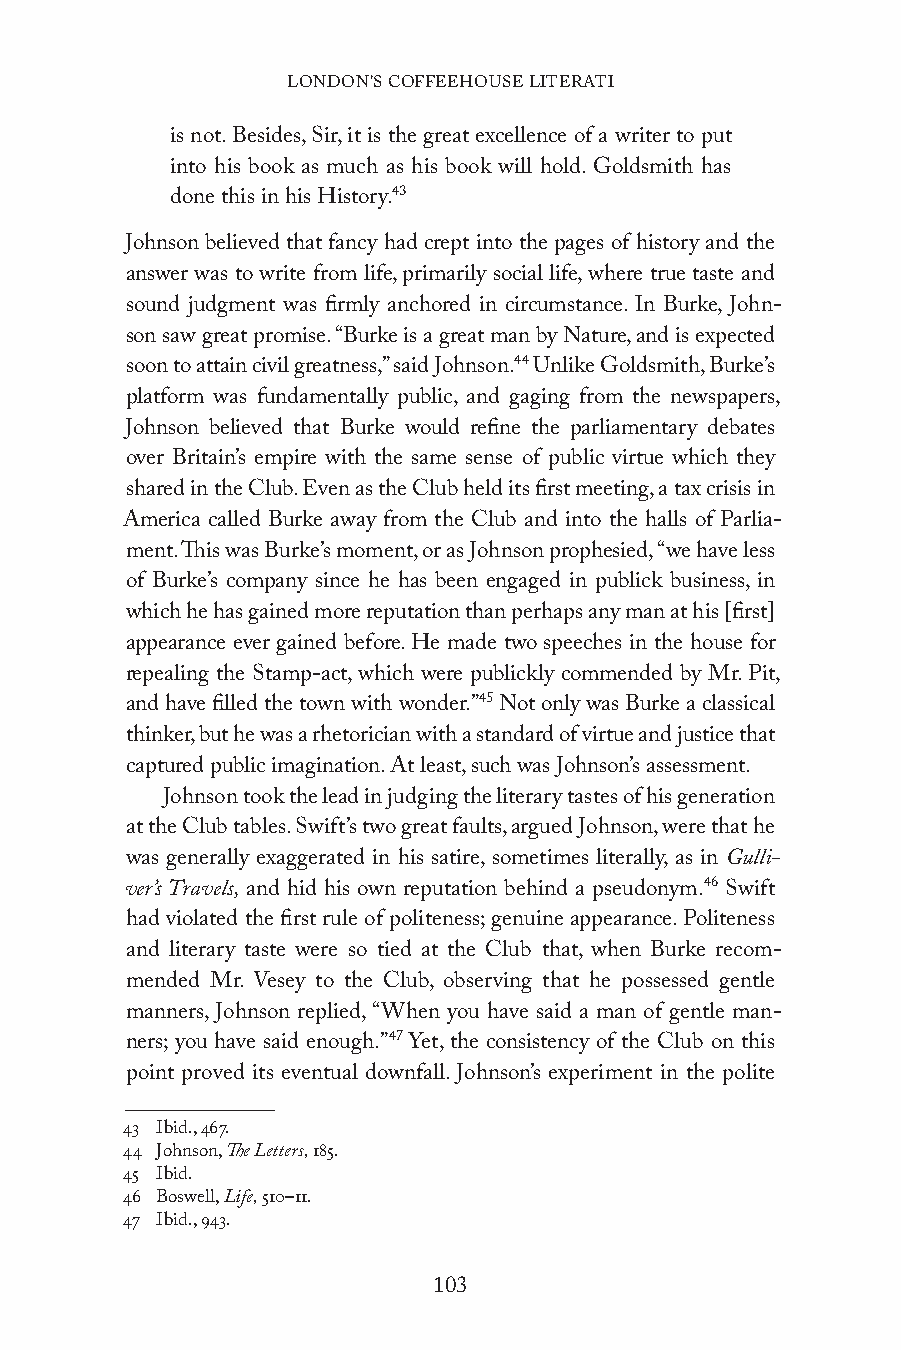
LONDON’S COFFEEHOUSE LITERATI
 is not. Besides, Sir, it is the great excellence of a writer to put
 into his book as much as his book will hold. Goldsmith has
 done this in his History.43
 Johnson believed that fancy had crept into the pages of history and the
 answer was to write from life, primarily social life, where true taste and
 sound judgment was firmly anchored in circumstance. In Burke, John-
 son saw great promise. “Burke is a great man by Nature, and is expected
 soon to attain civil greatness,” said Johnson.44 Unlike Goldsmith, Burke’s
 platform was fundamentally public, and gaging from the newspapers,
 Johnson believed that Burke would refine the parliamentary debates
 over Britain’s empire with the same sense of public virtue which they
 shared in the Club. Even as the Club held its first meeting, a tax crisis in
 America called Burke away from the Club and into the halls of Parlia-
 ment. This was Burke’s moment, or as Johnson prophesied, “we have less
 of Burke’s company since he has been engaged in publick business, in
 which he has gained more reputation than perhaps any man at his [first]
 appearance ever gained before. He made two speeches in the house for
 repealing the Stamp-act, which were publickly commended by Mr. Pit,
 and have filled the town with wonder.”45 Not only was Burke a classical
 thinker, but he was a rhetorician with a standard of virtue and justice that
 captured public imagination. At least, such was Johnson’s assessment.
 Johnson took the lead in judging the literary tastes of his generation
 at the Club tables. Swift’s two great faults, argued Johnson, were that he
 was generally exaggerated in his satire, sometimes literally, as in Gulli-
 ver’s Travels, and hid his own reputation behind a pseudonym.46 Swift
 had violated the first rule of politeness; genuine appearance. Politeness
 and literary taste were so tied at the Club that, when Burke recom-
 mended Mr. Vesey to the Club, observing that he possessed gentle
 manners, Johnson replied, “When you have said a man of gentle man-
 ners; you have said enough.”47 Yet, the consistency of the Club on this
 point proved its eventual downfall. Johnson’s experiment in the polite
 43 Ibid., 467.
 44 Johnson, The Letters, 185.
 45 Ibid.
 46 Boswell, Life, 510–11.
 47 Ibid., 943.
 103